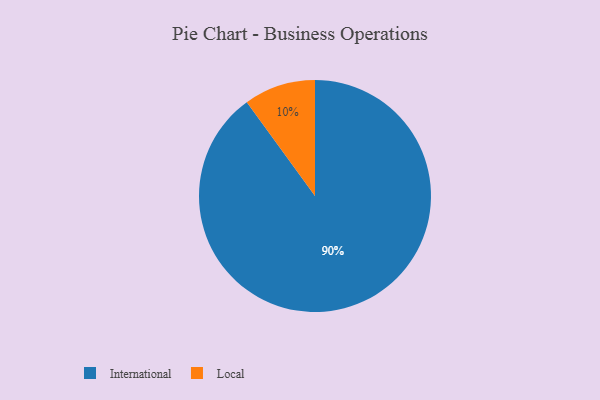
{"axis": {"x": "Category", "y": "Percentage"}, "legend": ["International", "Local"], "data": [{"x": "International", "y": 90, "type": "International"}, {"x": "Local", "y": 10, "type": "Local"}]}